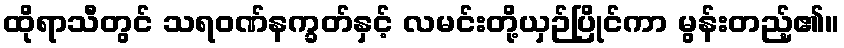
ထိုရာသီတွင် သရဝဏ်နက္ခတ်နှင့် လမင်းတို့ယှဉ်ပြိုင်ကာ မွန်းတည့်၏။